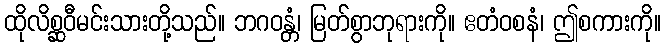
ထိုလိစ္ဆဝီမင်းသားတို့သည်။ ဘဂဝန္တံ၊ မြတ်စွာဘုရားကို။ ဧတံဝစနံ၊ ဤစကားကို။